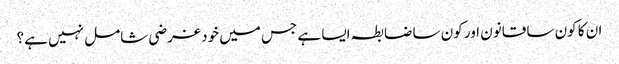
ان کا کون سا قانون اور کون سا ضابطہ ایسا ہے جس میں خود غرضی شامل نہیں ہے؟